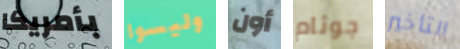
بأمريكا وليسوا أون جوثام التأخير